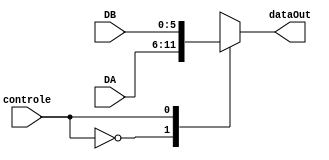
module RegSizeSelector (DA, DB, controle, dataOut);

	input [5:0] DA, DB;
	output reg [5:0] dataOut;
	input controle;

	always @ (*) begin
		case (controle) 
			0: dataOut = DA;
			1:dataOut = DB;
		endcase
	end


endmodule